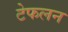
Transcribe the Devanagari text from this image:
टेफलन